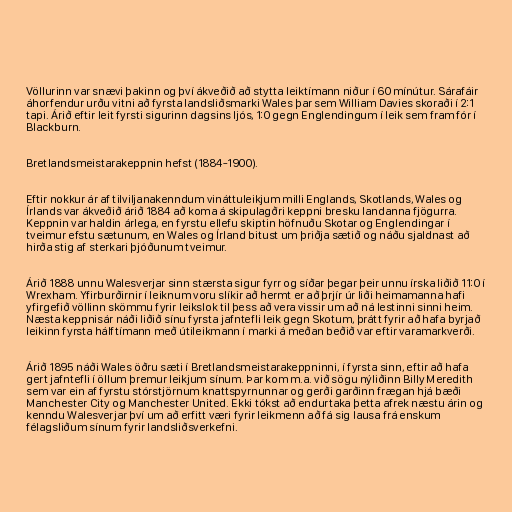
Völlurinn var snævi þakinn og því ákveðið að stytta leiktímann niður í 60 mínútur. Sárafáir
áhorfendur urðu vitni að fyrsta landsliðsmarki Wales þar sem William Davies skoraði í 2:1
tapi. Árið eftir leit fyrsti sigurinn dagsins ljós, 1:0 gegn Englendingum í leik sem fram fór í
Blackburn.

Bretlandsmeistarakeppnin hefst (1884-1900).

Eftir nokkur ár af tilviljanakenndum vináttuleikjum milli Englands, Skotlands, Wales og
Írlands var ákveðið árið 1884 að koma á skipulagðri keppni bresku landanna fjögurra.
Keppnin var haldin árlega, en fyrstu ellefu skiptin höfnuðu Skotar og Englendingar í
tveimur efstu sætunum, en Wales og Írland bitust um þriðja sætið og náðu sjaldnast að
hirða stig af sterkari þjóðunum tveimur.

Árið 1888 unnu Walesverjar sinn stærsta sigur fyrr og síðar þegar þeir unnu írska liðið 11:0 í
Wrexham. Yfirburðirnir í leiknum voru slíkir að hermt er að þrjír úr liði heimamanna hafi
yfirgefið völlinn skömmu fyrir leikslok til þess að vera vissir um að ná lestinni sinni heim.
Næsta keppnisár náði liðið sínu fyrsta jafntefli leik gegn Skotum, þrátt fyrir að hafa byrjað
leikinn fyrsta hálftímann með útileikmann í marki á meðan beðið var eftir varamarkverði.

Árið 1895 náði Wales öðru sæti í Bretlandsmeistarakeppninni, í fyrsta sinn, eftir að hafa
gert jafntefli í öllum þremur leikjum sínum. Þar kom m.a. við sögu nýliðinn Billy Meredith
sem var ein af fyrstu stórstjörnum knattspyrnunnar og gerði garðinn frægan hjá bæði
Manchester City og Manchester United. Ekki tókst að endurtaka þetta afrek næstu árin og
kenndu Walesverjar því um að erfitt væri fyrir leikmenn að fá sig lausa frá enskum
félagsliðum sínum fyrir landsliðsverkefni.